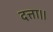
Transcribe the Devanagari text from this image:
दत्ता।।